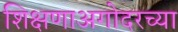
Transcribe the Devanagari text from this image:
शिक्षणाअगोदरच्या